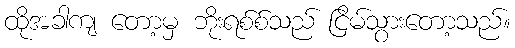
ထိုအခါကျ တော့မှ ဘိုးရစ်စ်သည် ငြိမ်သွားတော့သည်။